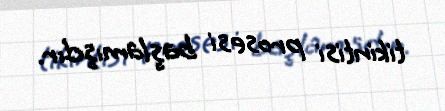
tikintisi prosesi başlamışdır.